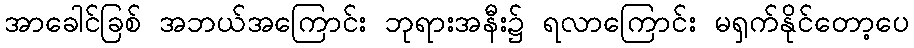
အာခေါင်ခြစ် အဘယ်အကြောင်း ဘုရားအနီး၌ ရလာကြောင်း မရှက်နိုင်တော့ပေ